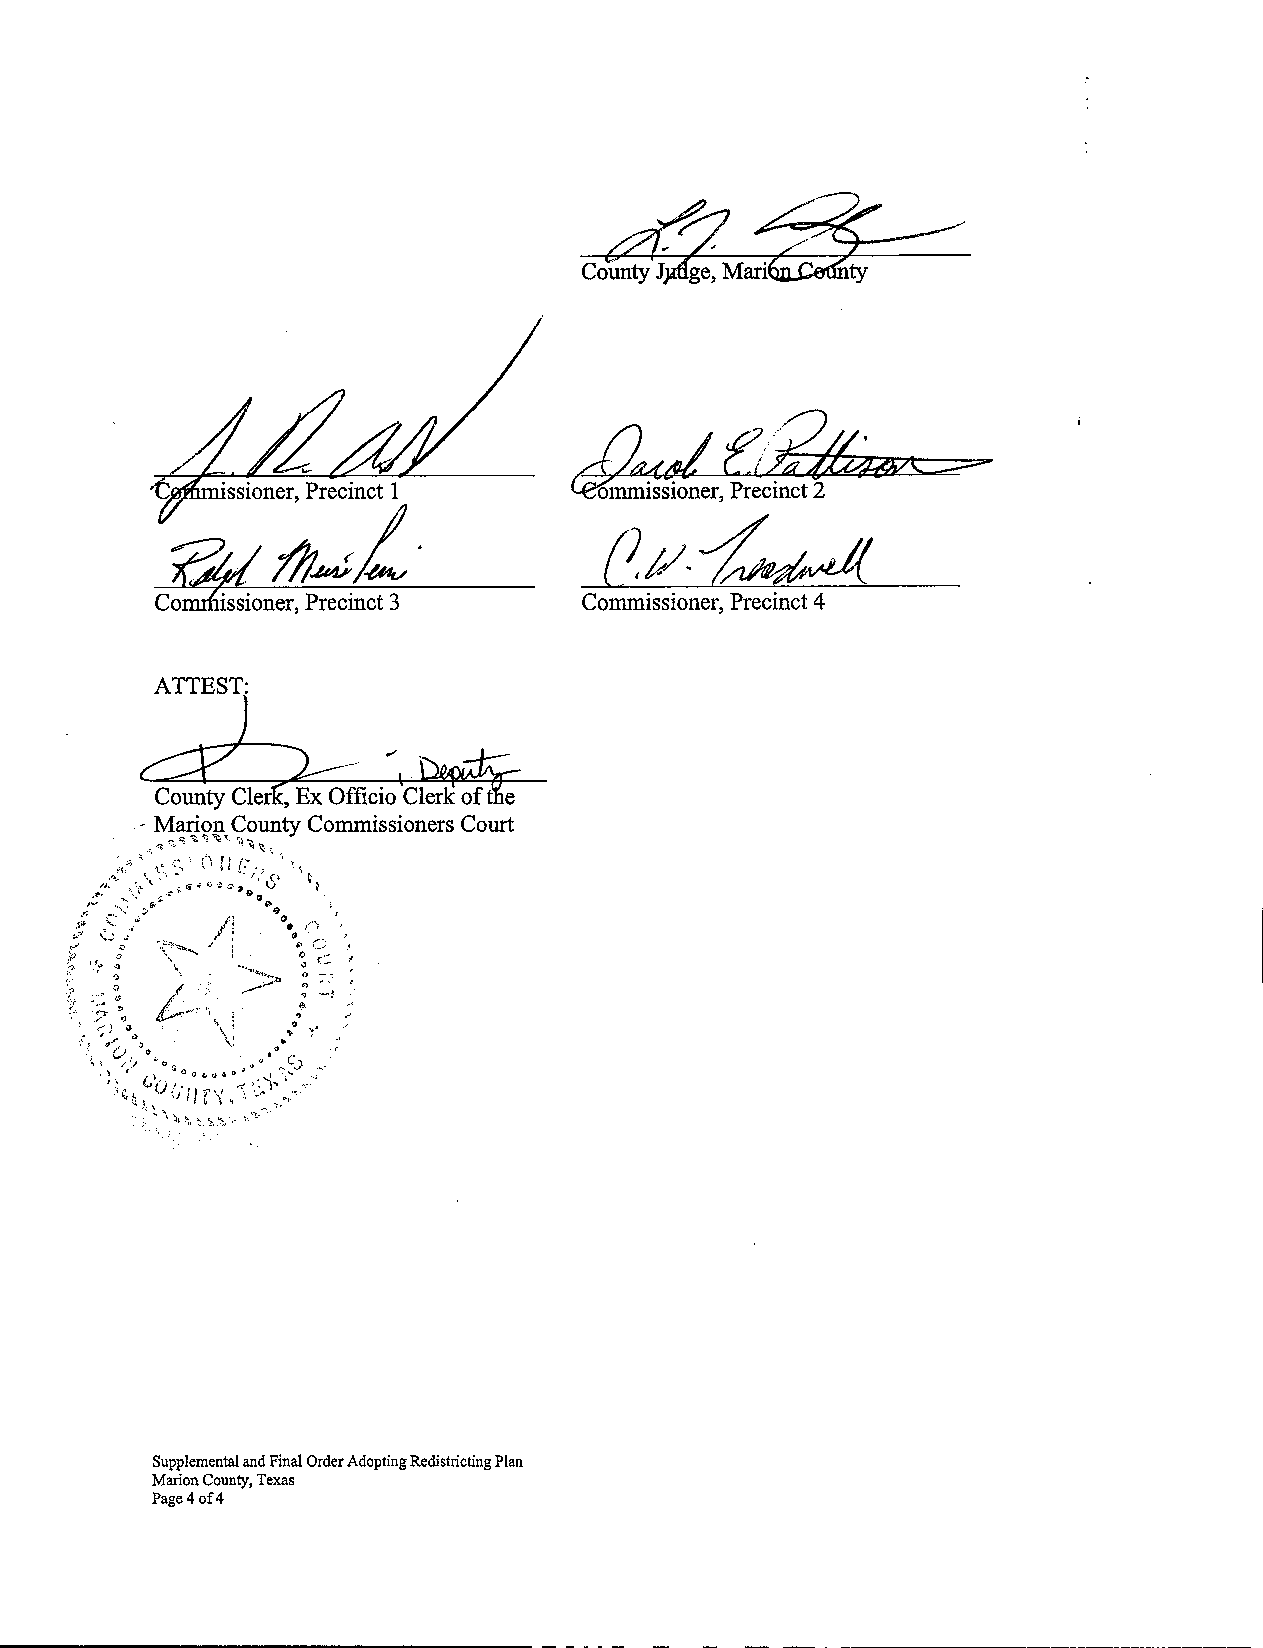
,t   .
 ssioner, Precinct 1
 ~~~L'
 cOiSSiOner, Precinct 3       Commissioner, Precinct 4
 Supplemental andFinalOrderAdoptingRedistricting Plan
 MarionCounty,Texas
 Page4of4
 -----------------------             - - - - -